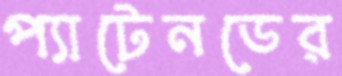
প্যাটেনডের